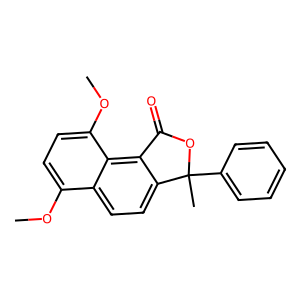
SMILES: COc1ccc(OC)c2c3c(ccc12)C(C)(c1ccccc1)OC3=O
Inhibits HIV replication: No